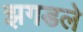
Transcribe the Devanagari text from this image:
झगडले